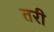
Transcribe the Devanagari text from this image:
तरी